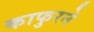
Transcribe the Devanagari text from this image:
काफुरने